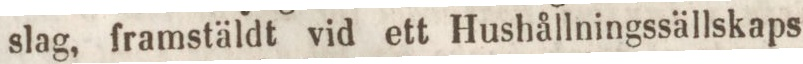
slag, framstäldt vid ett Hushållningssällskaps